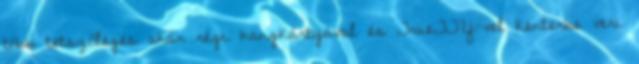
több tetszőleges akár régi hangkártyával és TrueTTY-vel kenterbe veri